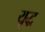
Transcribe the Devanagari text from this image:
यृद्ध